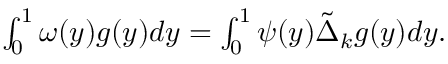
\begin{array} { r } { \int _ { 0 } ^ { 1 } \omega ( y ) g ( y ) d y = \int _ { 0 } ^ { 1 } \psi ( y ) \tilde { \Delta } _ { k } g ( y ) d y . } \end{array}